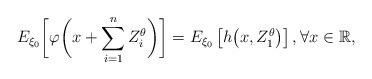
LaTeX: \begin{align*}E_{\xi_0} \biggl[\varphi\biggl(x+\sum_{i=1}^{n} Z_i^\theta\biggr)\biggr]=E_{\xi_0}\left[h\bigl(x,Z_1^\theta\bigr)\right], \forall x\in \mathbb R,\end{align*}